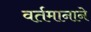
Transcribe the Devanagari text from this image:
वर्तमानाने